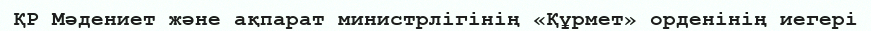
ҚР Мәдениет және ақпарат министрлігінің «Құрмет» орденінің иегері